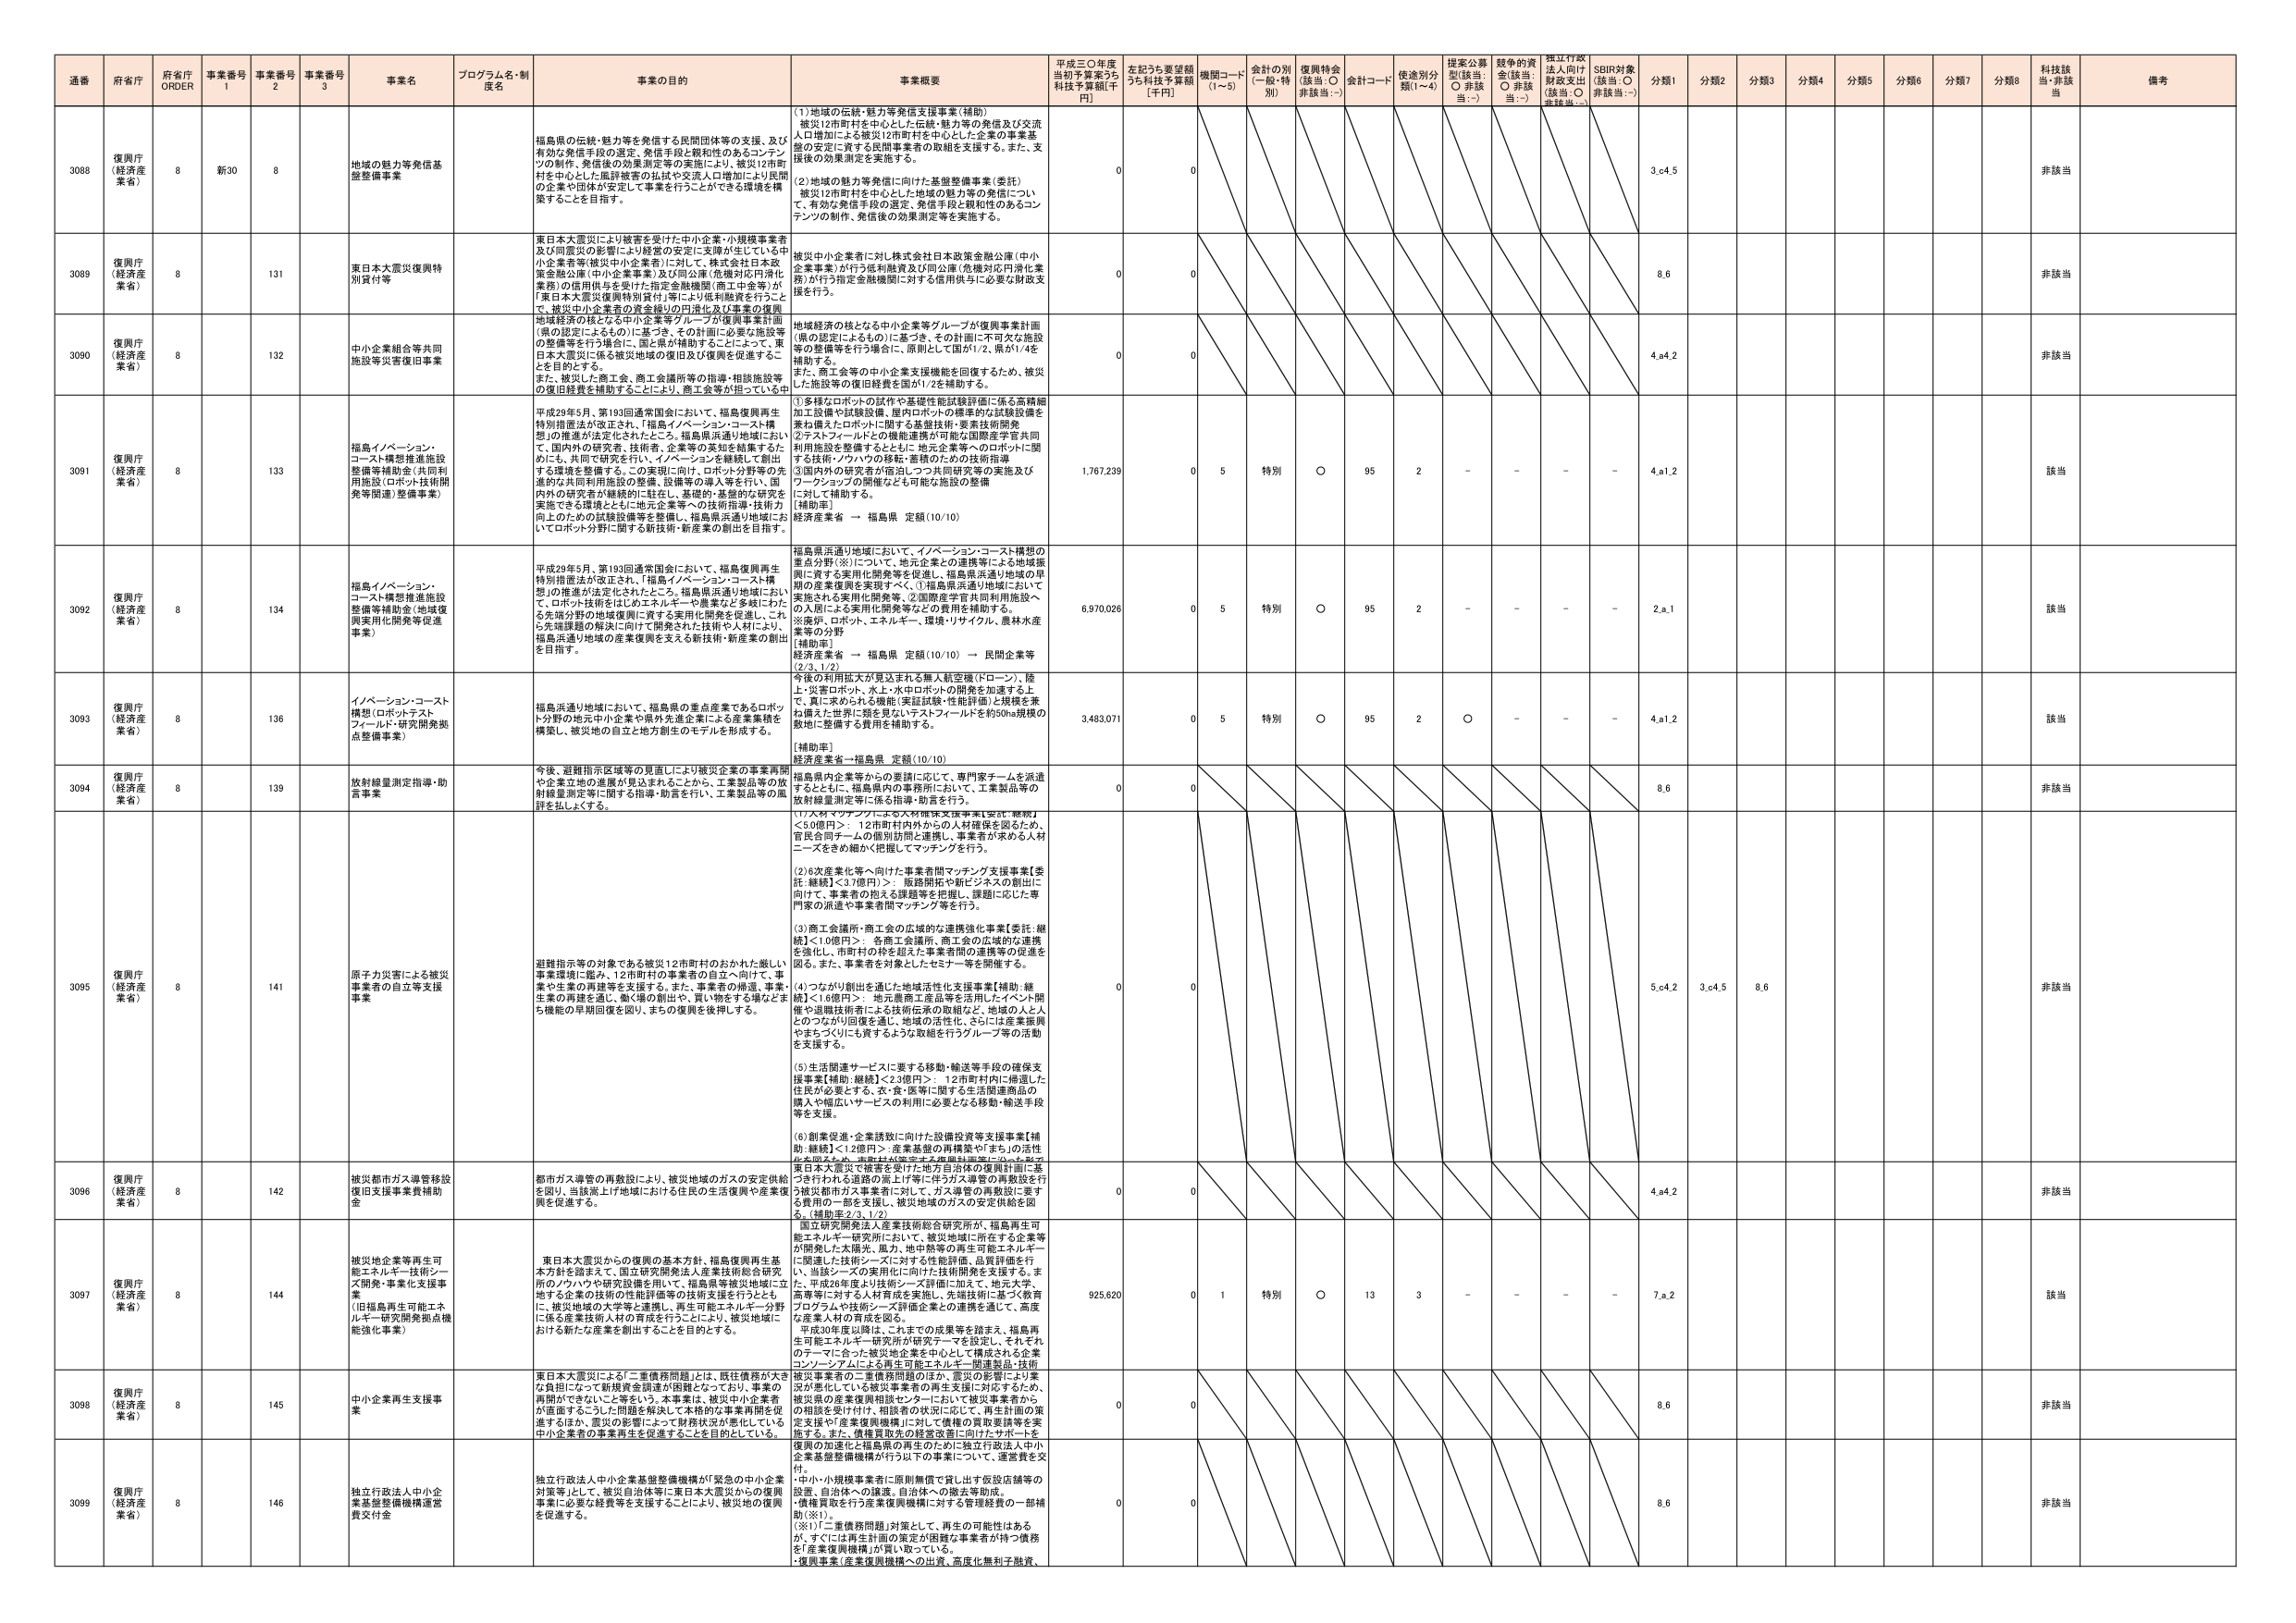
通番 府省庁 府省庁 ORDER 事業番号 1 事業番号 2 事業番号 3 事業名 プログラム名・制度名 事業の目的 事業概要 平成三〇年度当初予算案うち 科技予算額[千円] 左記うち要望額うち科技予算額 [千円] 機関コード (1～5) 会計の別 (一般・特別) 復興特会 (該当：○ 非該当：-) 会計コード 使途別分類(1～4) 提案公募型(該当：○ 非該当：-) 越年の資金(該当：○ 非該当：-) 独立行政法人向け財政支出(該当：○ 非該当：-) SDBI対象(該当：○ 非該当：-) 分類1 分類2 分類3 分類4 分類5 分類6 分類7 分類8 科技該当・非該当 備考

3088 復興庁 (経済産業省) 8 新30 8 地域の魅力等発信基盤整備事業 福島県の伝統・魅力等を発信する民間団体等の支援、及び有効な発信手段の選定、発信手段と親和性のあるコンテンツの制作、発信後の効果測定等の実施により、被災12市町村を中心とした風評被害の払拭や交流人口増加により民間の企業や団体が安定して事業を行うことができる環境を構築することを目指す。 (1)地域の伝統・魅力等発信支援事業(補助) 被災12市町村を中心とした伝統・魅力等の発信及び交流人口増加による被災12市町村を中心とした企業の事業基盤の安定に資する民間事業者の取組を支援する。また、支援後の効果測定を実施する。 (2)地域の魅力等発信に向けた基盤整備事業(委託) 被災12市町村を中心とした地域の魅力等の発信について、有効な発信手段の選定、発信手段と親和性のあるコンテンツの制作、発信後の効果測定等を実施する。 0 0 3,04,5 非該当

3089 復興庁 (経済産業省) 8 131 東日本大震災復興特別貸付等 東日本大震災により被害を受けた中小企業・小規模事業者及び同震災の影響により経営の安定に支障が生じている中小企業者等(被災中小企業者)に対して、株式会社日本政策金融公庫(中小企業事業)及び同公庫(危機対応円滑化業務)の信用供与を受けた指定金融機関(商工中金等)が「東日本大震災復興特別貸付」等により低利融資を行うことで、被災中小企業者の資金繰りの円滑化及び事業の復興・地域経済の核となる中小企業等グループが復興事業計画(県の認定によるもの)に基づき、その計画に必要な施設等の整備等を行う場合に、国と県が補助することによって、東日本大震災に係る被災地域の復旧及び復興を促進することを目的とする。 被災中小企業者に対し株式会社日本政策金融公庫(中小企業事業)が行う低利融資及び同公庫(危機対応円滑化業務)が行う指定金融機関に対する信用供与に必要な財政支援を行う。 0 0 8,6 非該当

3090 復興庁 (経済産業省) 8 132 中小企業組合等共同施設等災害復旧事業 地域経済の核となる中小企業等グループが復興事業計画(県の認定によるもの)に基づき、その計画に必要な施設等の整備等を行う場合に、国と県が補助することによって、東日本大震災に係る被災地域の復旧及び復興を促進することを目的とする。 また、被災した商工会、商工会議所等の指導・相談施設等の復旧経費を補助することにより、商工企業等が困っている中 地域経済の核となる中小企業等グループが復興事業計画(県の認定によるもの)に基づき、その計画に不可欠な施設等の整備等を行う場合に、原則として国が1/2、県が1/4を補助する。 また、商工会等の中小企業支援機能を回復するため、被災した施設等の復旧経費を国が1/2を補助する。 0 0 4,a4,2 非該当

3091 復興庁 (経済産業省) 8 133 福島イノベーション・コースト構想推進施設整備等補助金(共同利用施設(ロボット技術開発等関連)整備事業) 平成29年5月、第193回通常国会において、福島復興再生特別措置法が改正され、「福島イノベーション・コースト構想」の推進が法定化されたところ。福島県浜通り地域におい て、国内外の研究者、技術者、企業等の英知を結集するた めに、共同で研究を行い、イノベーションを継続して創出 する環境を整備すること。の実施に向け、ロボット分野等の先 進的な共同利用施設の整備、設備等の導入等を行い、国 内外の研究者が継続的に駐在し、基礎的・基盤的な研究を 実施できる環境とともに地元企業等への技術指導・技術力 向上などの試験設備等を整備し、福島県浜通り地域にお いてロボット分野に関する新技術・新産業の創出を目指す。 ①多様なロボットの試作や基盤性能試験評価に係る高精細加工設備や試験設備、屋内ロボットの標準的な試験設備を兼ね備えたロボットに関する基盤技術・要素技術開発 ②テストフィールドとの機能連携が可能な国際産学官共同利用施設を整備するとともに、地元企業等へのロボットに関する技術・ソフトウエアの移転・蓄積のための技術指導 ③国内外の研究者が滞在しつつ共同研究等の実施及びワークショップの開催なども可能な施設の整備 に対して補助する。 [補助率] 経済産業省 ← 福島県 定額(10/10) 1,767,239 0 5 特別 ○ 95 2 - - - - 4,a1,2 該当

3092 復興庁 (経済産業省) 8 134 福島イノベーション・コースト構想推進施設整備等補助金(地域復興実用化開発等促進事業) 平成29年5月、第193回通常国会において、福島復興再生特別措置法が改正され、「福島イノベーション・コースト構想」の推進が法定化されたところ。福島県浜通り地域におい て、ロボット技術をはじめエネルギー・農業など多岐にわた る先端分野の地域復興に資する実用化開発を促進し、これ ら先端課題の解決に向けて開発された技術や人材により、 福島浜通り地域の産業復興を支える新技術・新産業の創出を目指す。 福島県浜通り地域において、イノベーション・コースト構想の重点分野(※)について、地元企業との連携等による地域振興に資する実用化開発等を促進し、福島県浜通り地域の早 期の産業復興を実現すべく、①福島県浜通り地域において 実施される実用化開発等、②国際産学官共同利用施設へ の入居による実用化開発等などの費用を補助する。 ※産学、ロボット、エネルギー、環境・リサイクル、農林水産 業等の分野 [補助率] 経済産業省 ← 福島県 定額(10/10) ← 民間企業等 (2/8, 1/2) 6,970,026 0 5 特別 ○ 95 2 - - - - 2,a,1 該当

3093 復興庁 (経済産業省) 8 136 イノベーション・コースト構想(ロボットテストフィールド・研究開発拠点整備事業) 福島浜通り地域において、福島県の重点産業であるロボッ ト分野の地元中小企業や県外先進企業による産業集積を 構築し、被災地の自立と地方創生のモデルを形成する。 今後の利用拡大が見込まれる無人航空機(ドローン)、陸 上・災害ロボット、水上・水中ロボットの開発を加速する上 で、真に求められる機能(実証試験・性能評価)と規模を兼 ね備えた世界に類を見ないテストフィールドを約50ha規模の 敷地に整備する費用を補助する。 [補助率] 経済産業省→福島県 定額(10/10) 3,483,071 0 5 特別 ○ 95 2 ○ - - - 4,a1,2 該当

3094 復興庁 (経済産業省) 8 139 放射線量測定指導・助言事業 今後、避難指示区域等の見直しにより被災企業の事業再開 や企業立地の進展が見込まれることから、工業製品等の放 射線量測定等に関する指導・助言を行い、工業製品等の原 許を促進する。 福島県内企業等からの要請に応じて、専門家チームを派遣 するとともに、福島県内の事務所において、工業製品等の 放射線量測定等に係る指導・助言を行う。 0 0 8,6 非該当

3095 復興庁 (経済産業省) 8 141 原子力災害による被災事業者の自立等支援事業 避難指示等の対象である被災12市町村のおかれた厳しい 事業環境に鑑み、12市町村の事業者の自立へ向けて、事 業や生業の再建等を支援する。また、事業者の帰還、事業、 生業の再建を通じ、働く場の創出や、買い物をする場などま ち機能の早期回復を図り、まちの復興を後押しする。 (1)大規模マッチングによる人材確保支援事業【委託・継続】 ＜5.0億円＞：12市町村内外からの人材確保を図るため、 官民合同チームの個別訪問と連携し、事業者が求める人材 一覧をきめ細かく把握してマッチングを行う。 (2)6次産業化等へ向けた事業者間マッチング支援事業【委 託・継続】＜3.7億円＞：施設開拓や新ビジネスの創出に 向けて、事業者の抱える課題等を把握し、課題に応じた専 門家の派遣や事業者間マッチング等を行う。 (3)商工会議所・商工会の広域的な連携強化事業【委託・継 続】＜1.0億円＞：各商工会議所、商工会の広域的な連携 を強化し、市町村の枠を超えた事業者間の連携等の促進を 図る。また、事業者を対象としたセミナー等を開催する。 (4)つながり創出を適切に地域活性化支援事業【補助・継 続】＜1.6億円＞：地元農畜水産品等を活用したイベント開 催や退職技術者による技術伝承の取組など、地域の人と人 とのつながり回復を通じ、地域の活性化、さらには産業振興 やまちづくりも資するような取組を行うグループ等の活動 を支援する。 (5)生活関連サービスに要する移動・輸送等手段の確保支 援事業【補助・継続】＜2.3億円＞：12市町村内に帰還した 住民が必要とする、食・医・薬等に関する生活関連商品の 購入や幅広いサービスの利用に必要となる移動・輸送手段 等を支援。 (6)創業促進・企業誘致に向けた設備投資等支援事業【補 助・継続】＜1.2億円＞：産業基盤の再構築や「まち」の活性 化を図るため、市町村が策定する復興計画等に沿った形で 被災地企業等が被害を受けた地方自治体の復興計画に基づき行われる道路の拡上げ等に伴うガス導管の移設を行う被災都市ガス事業者に対して、ガス導管の再敷設に要する費用の一部を支援し、被災地域のガスの安定供給を図る。[補助率:2/3, 1/2] 0 0 5,04,2 3,c4,5 8,6 非該当

3096 復興庁 (経済産業省) 8 142 被災都市ガス導管移設復旧支援事業費補助金 都市ガス導管の再敷設により、被災地域のガスの安定供給を図り、当該嵩上げ地域における住民の生活復興や産業復興を促進する。 0 0 4,a4,2 非該当

3097 復興庁 (経済産業省) 8 144 被災地企業等再生可能エネルギー技術シーズ開発・事業化支援事業 (旧福島再生可能エネルギー研究開発拠点機能強化事業) 東日本大震災からの復興の基本方針、福島復興再生基本方針を踏まえて、国立研究開発法人産業技術総合研究所の「ウッド」や研究開発を用いて、福島県被災地域に立地する企業の技術の性能評価等の技術支援を行うとともに、被災地域の大学等と連携し、再生可能エネルギー分野に係る産業技術人材の育成を行うことにより、被災地域における新たな産業を創出することを目的とする。 国立研究開発法人産業技術総合研究所が、福島再生可能エネルギー研究所において、被災地域に所在する企業等が開発した太陽光、風力、地中熱等の再生可能エネルギーに関連した技術シーズに対する性能評価、品質評価を行い、当該シーズの実用化に向けた技術開発を支援する。また、平成29年度より技術シーズ評価・加工・モデルプラント、産業等に対する人材育成を実施し、先端技術に基づく教育プログラムや技術シーズ評価企業との連携を通じて、高度な産業人材の育成を図る。 平成30年度以降は、これまでの成果等を踏まえ、福島再生可能エネルギー研究所が研究テーマを設定し、それぞれのテーマに合った被災地企業を中心として構成される企業コンソーシアムによる再生可能エネルギー関連製品・技術 925,620 0 1 特別 ○ 13 3 - - - - 7,a,2 該当

3098 復興庁 (経済産業省) 8 145 中小企業再生支援事業 東日本大震災による「二重債務問題」とは、既往債務が大き な負担になって新規資金調達が困難となっており、事業の再開ができていないこと等をいう。本事業は、被災中小企業者 が直面するこうした問題を解決して本格的な事業再開を促進するほか、震災の影響によって財務状況が悪化している中小企業者の事業再生を促進することを目的としている。 被災事業者の二重債務問題のほか、震災の影響により業況が悪化している被災事業者の再生支援に対応するため、被災県の産業復興相談センターにおいて被災事業者からの相談を受け付け、相談者の状況に応じて、再生計画の策定支援や産業復興機構に対して債権の買取要請等を実施する。また、債権買取の経費を改善に向けたサポートを 0 0 8,6 非該当

3099 復興庁 (経済産業省) 8 146 独立行政法人中小企業基盤整備機構運営費交付金 独立行政法人中小企業基盤整備機構が「緊急の中小企業対策等」そして、被災自治体等に東日本大震災からの復興事業に必要な経費等を支援することにより、被災地の復興を促進する。 復興の加速と福島県の再生のために独立行政法人中小企業基盤整備機構が行う以下の事業について、運営費を交付。 中小・小規模事業者に原則無償で貸し出す仮設店舗等の設置、自治体への融資、自治体への税金等助成。 債権買取を行う産業復興機構に対する管理経費の一部補助(※1)。 (※1)「二重債務問題」対策として、再生の可能性はあるが、すぐには再生計画の策定が困難な事業者が持つ債務を「産業復興機構」が買い取っている。 復興事業(産業復興機構への出資、高度化集約化子融資、 0 0 8,6 非該当